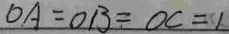
O A = O B = O C = 1